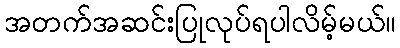
အတက်အဆင်းပြုလုပ်ရပါလိမ့်မယ်။